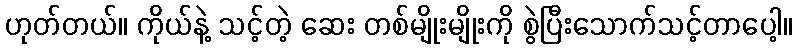
ဟုတ်တယ်။ ကိုယ်နဲ့ သင့်တဲ့ ဆေး တစ်မျိုးမျိုးကို စွဲပြီးသောက်သင့်တာပေါ့။